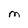
Character: M